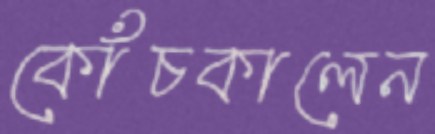
কোঁচকালেন